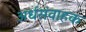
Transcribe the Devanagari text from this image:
अर्धसंवाहक